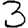
Digit: 3